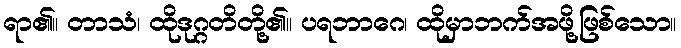
ရာ၏။ တာသံ၊ ထိုဒုဂ္ဂတိတို့၏။ ပရဘာဂေ၊ ထိုမှာဘက်အဖို့ဖြစ်သော။